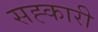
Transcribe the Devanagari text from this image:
सह्कारी